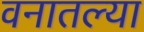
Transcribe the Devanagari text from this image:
वनातल्या